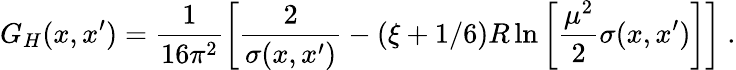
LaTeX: G_{H}(x,x^{\prime})=\frac 1{16\pi^{2}}\left[\frac 2{\sigma(x,x^{\prime})}-(\xi+1/6)R\ln\left[\frac{\mu^{2}}2\sigma(x,x^{\prime})\right]\right]\ .